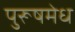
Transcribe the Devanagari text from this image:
पुरूषमेध